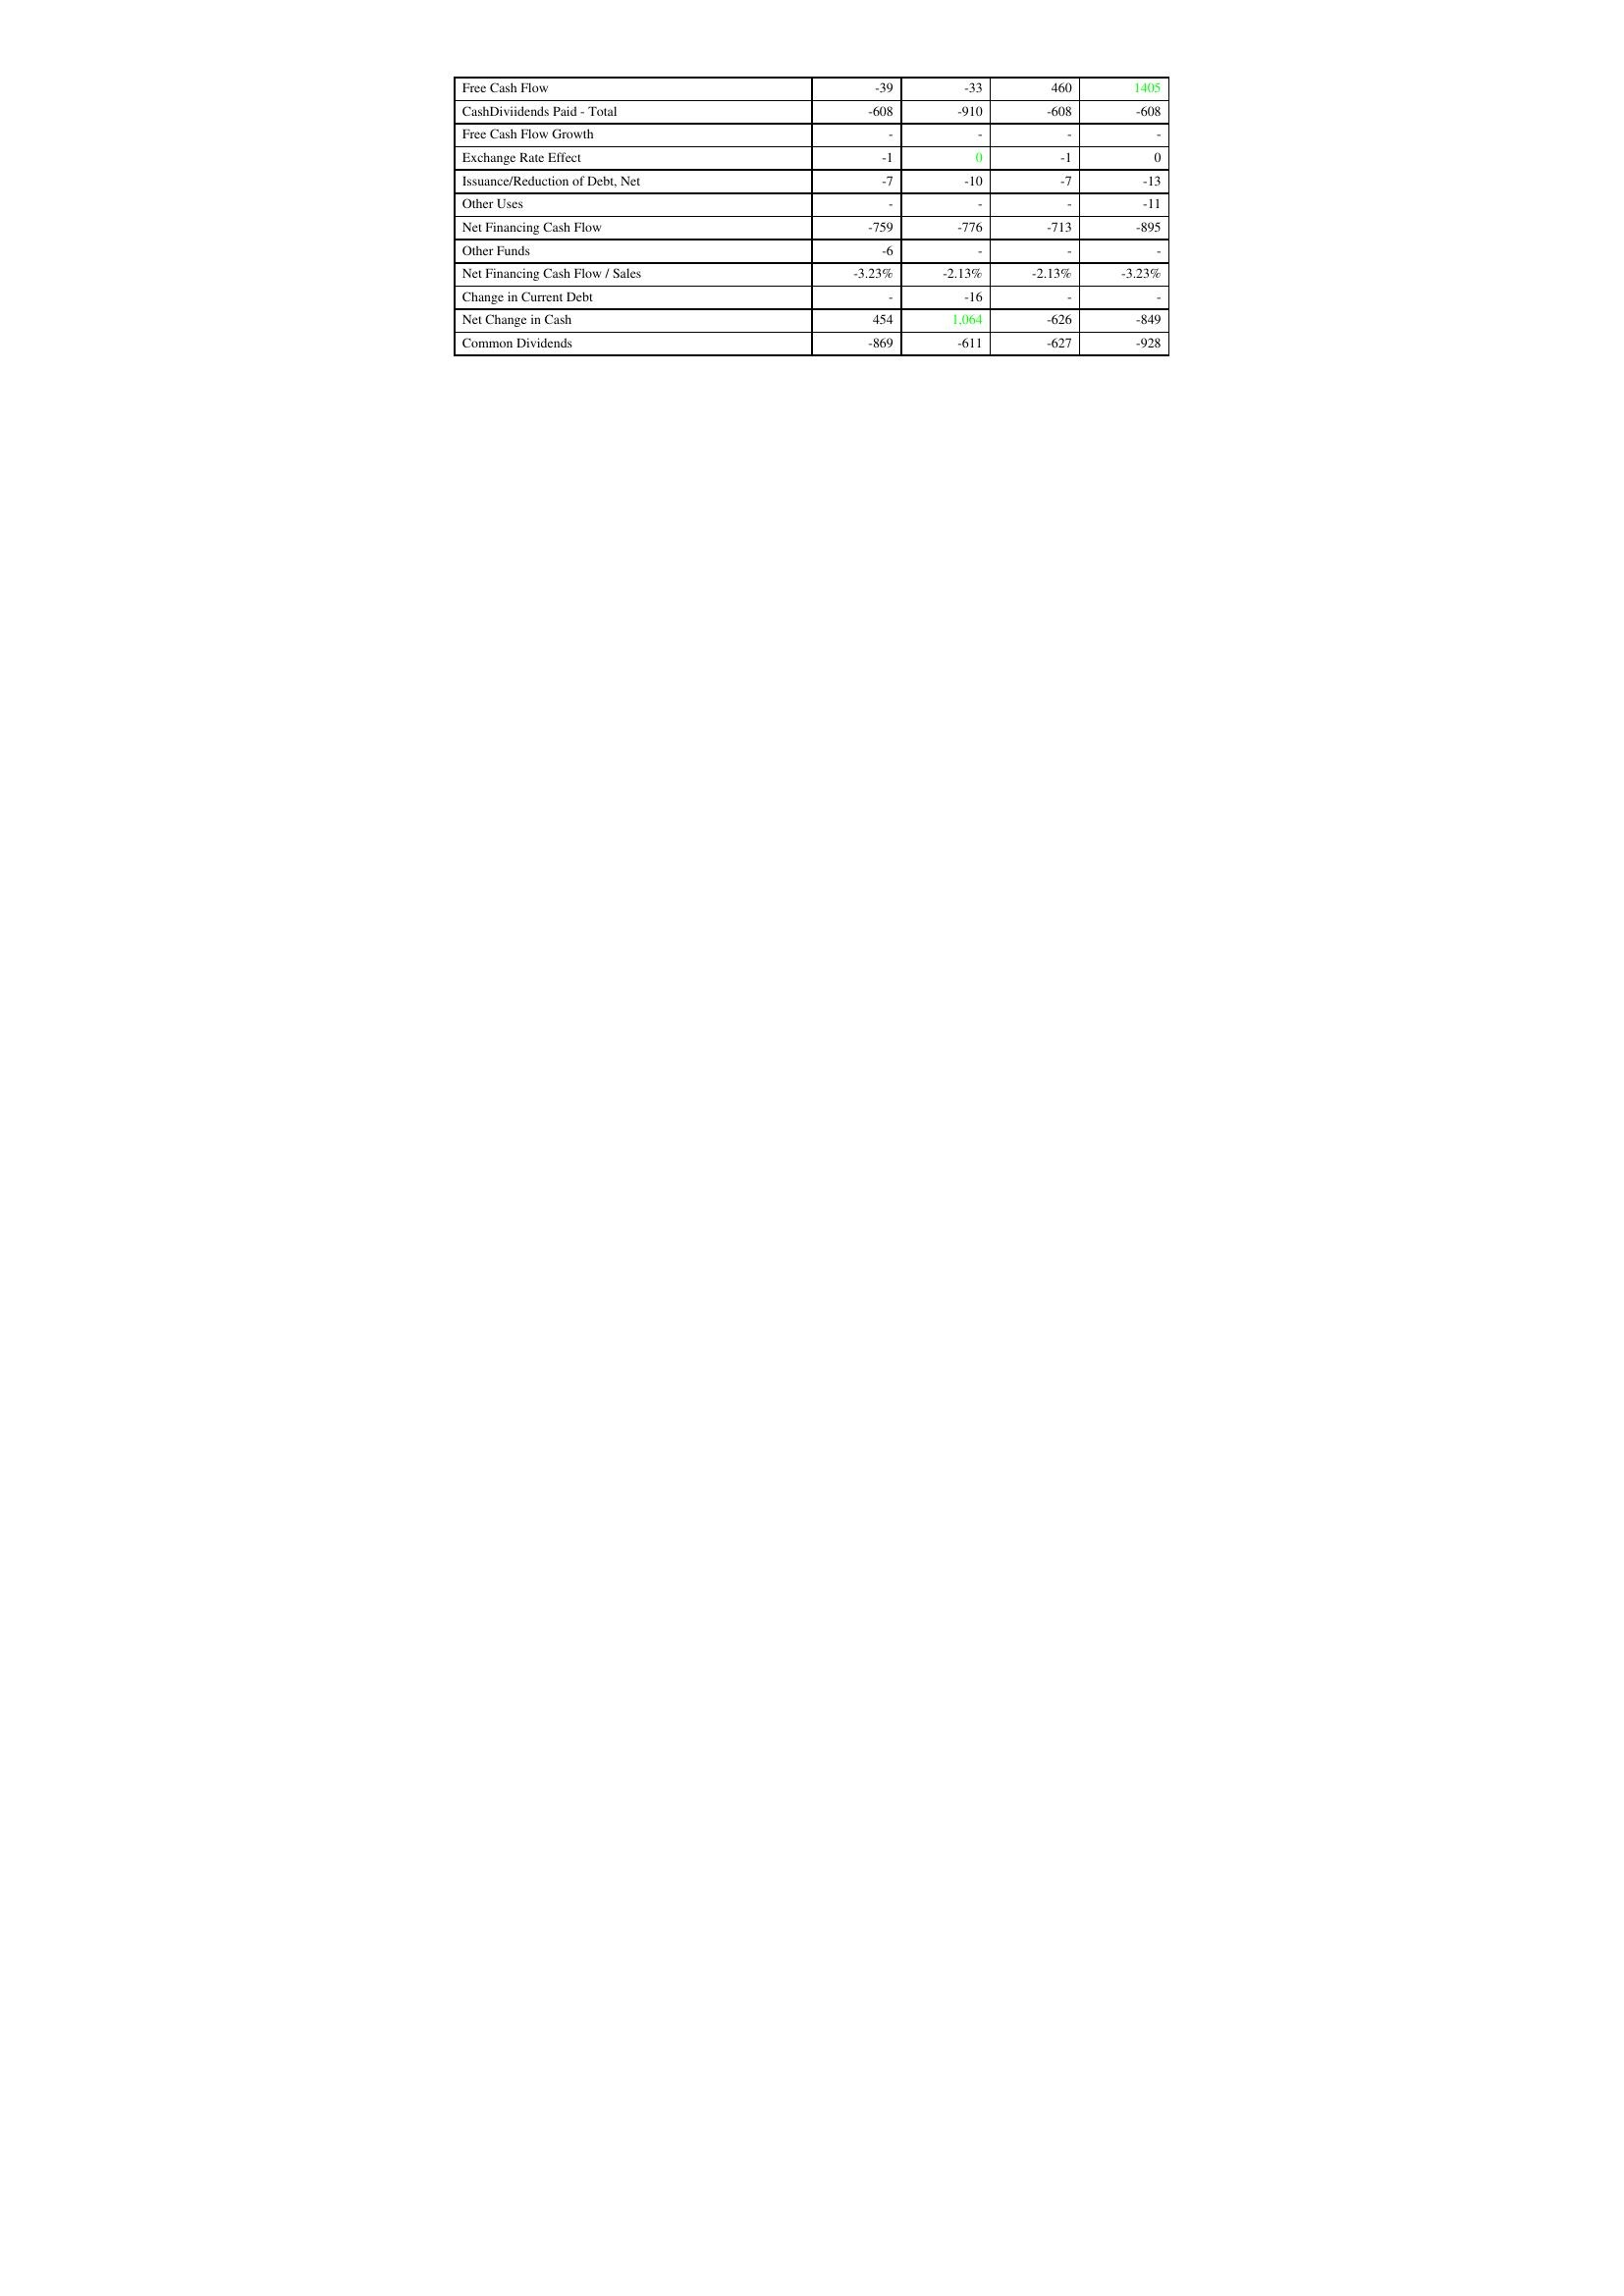
gt_parse: 2004: Financing Activities: Free Cash Flow: -39
CashDiviidends Paid - Total: -608
Free Cash Flow Growth: -
Exchange Rate Effect: -1
Issuance/Reduction of Debt, Net: -7
Other Uses: -
Net Financing Cash Flow: -759
Other Funds: -6
Net Financing Cash Flow / Sales: -3.23%
Change in Current Debt: -
Net Change in Cash: 454
Common Dividends: -869
2005: Financing Activities: Free Cash Flow: -33
CashDiviidends Paid - Total: -910
Free Cash Flow Growth: -
Exchange Rate Effect: 0
Issuance/Reduction of Debt, Net: -10
Other Uses: -
Net Financing Cash Flow: -776
Other Funds: -
Net Financing Cash Flow / Sales: -2.13%
Change in Current Debt: -16
Net Change in Cash: 1,064
Common Dividends: -611
2006: Financing Activities: Free Cash Flow: 460
CashDiviidends Paid - Total: -608
Free Cash Flow Growth: -
Exchange Rate Effect: -1
Issuance/Reduction of Debt, Net: -7
Other Uses: -
Net Financing Cash Flow: -713
Other Funds: -
Net Financing Cash Flow / Sales: -2.13%
Change in Current Debt: -
Net Change in Cash: -626
Common Dividends: -627
2007: Financing Activities: Free Cash Flow: 1405
CashDiviidends Paid - Total: -608
Free Cash Flow Growth: -
Exchange Rate Effect: 0
Issuance/Reduction of Debt, Net: -13
Other Uses: -11
Net Financing Cash Flow: -895
Other Funds: -
Net Financing Cash Flow / Sales: -3.23%
Change in Current Debt: -
Net Change in Cash: -849
Common Dividends: -928